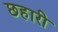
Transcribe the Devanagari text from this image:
छहारी